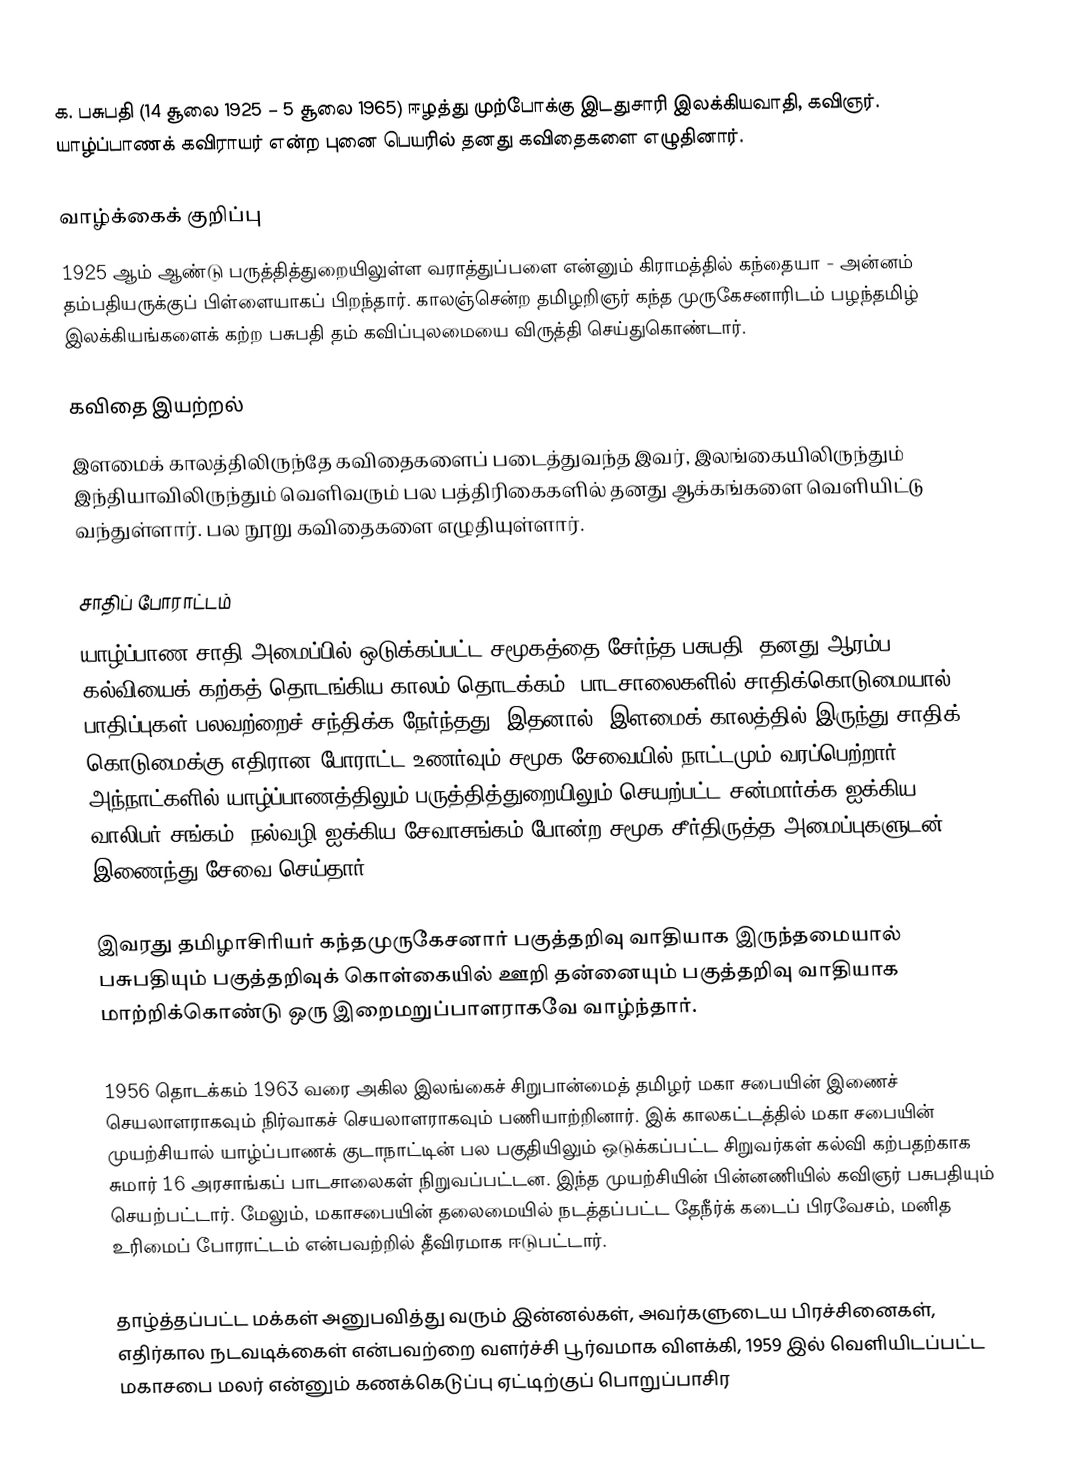
க. பசுபதி (14 சூலை 1925 – 5 சூலை 1965) ஈழத்து முற்போக்கு இடதுசாரி இலக்கியவாதி, கவிஞர். யாழ்ப்பாணக் கவிராயர் என்ற புனை பெயரில் தனது கவிதைகளை எழுதினார்.

வாழ்க்கைக் குறிப்பு
1925 ஆம் ஆண்டு பருத்தித்துறையிலுள்ள வராத்துப்பளை என்னும் கிராமத்தில் கந்தையா - அன்னம் தம்பதியருக்குப் பிள்ளையாகப் பிறந்தார். காலஞ்சென்ற தமிழறிஞர் கந்த முருகேசனாரிடம் பழந்தமிழ் இலக்கியங்களைக் கற்ற பசுபதி தம் கவிப்புலமையை விருத்தி செய்துகொண்டார்.

கவிதை இயற்றல்
இளமைக் காலத்திலிருந்தே கவிதைகளைப் படைத்துவந்த இவர், இலங்கையிலிருந்தும் இந்தியாவிலிருந்தும் வெளிவரும் பல பத்திரிகைகளில் தனது ஆக்கங்களை வெளியிட்டு வந்துள்ளார். பல நூறு கவிதைகளை எழுதியுள்ளார்.

சாதிப் போராட்டம்
யாழ்ப்பாண சாதி அமைப்பில் ஒடுக்கப்பட்ட சமூகத்தை சேர்ந்த பசுபதி, தனது ஆரம்ப கல்வியைக் கற்கத் தொடங்கிய காலம் தொடக்கம், பாடசாலைகளில் சாதிக்கொடுமையால் பாதிப்புகள் பலவற்றைச் சந்திக்க நேர்ந்தது. இதனால், இளமைக் காலத்தில் இருந்து சாதிக் கொடுமைக்கு எதிரான போராட்ட உணர்வும் சமூக சேவையில் நாட்டமும் வரப்பெற்றார். அந்நாட்களில் யாழ்ப்பாணத்திலும் பருத்தித்துறையிலும் செயற்பட்ட சன்மார்க்க ஐக்கிய வாலிபர் சங்கம், நல்வழி ஐக்கிய சேவாசங்கம் போன்ற சமூக சீர்திருத்த அமைப்புகளுடன் இணைந்து சேவை செய்தார்.

இவரது தமிழாசிரியர் கந்தமுருகேசனார் பகுத்தறிவு வாதியாக இருந்தமையால் பசுபதியும் பகுத்தறிவுக் கொள்கையில் ஊறி தன்னையும் பகுத்தறிவு வாதியாக மாற்றிக்கொண்டு ஒரு இறைமறுப்பாளராகவே வாழ்ந்தார்.

1956 தொடக்கம் 1963 வரை அகில இலங்கைச் சிறுபான்மைத் தமிழர் மகா சபையின் இணைச் செயலாளராகவும் நிர்வாகச் செயலாளராகவும் பணியாற்றினார். இக் காலகட்டத்தில் மகா சபையின் முயற்சியால் யாழ்ப்பாணக் குடாநாட்டின் பல பகுதியிலும் ஒடுக்கப்பட்ட சிறுவர்கள் கல்வி கற்பதற்காக சுமார் 16 அரசாங்கப் பாடசாலைகள் நிறுவப்பட்டன. இந்த முயற்சியின் பின்னணியில் கவிஞர் பசுபதியும் செயற்பட்டார். மேலும், மகாசபையின் தலைமையில் நடத்தப்பட்ட தேநீர்க் கடைப் பிரவேசம், மனித உரிமைப் போராட்டம் என்பவற்றில் தீவிரமாக ஈடுபட்டார்.

தாழ்த்தப்பட்ட மக்கள் அனுபவித்து வரும் இன்னல்கள், அவர்களுடைய பிரச்சினைகள், எதிர்கால நடவடிக்கைள் என்பவற்றை வளர்ச்சி பூர்வமாக விளக்கி, 1959 இல் வெளியிடப்பட்ட மகாசபை மலர் என்னும் கணக்கெடுப்பு ஏட்டிற்குப் பொறுப்பாசிர